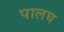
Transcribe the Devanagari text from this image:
पालघ